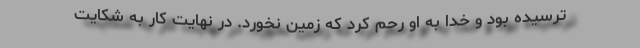
ترسیده بود و خدا به او رحم کرد که زمین نخورد. در نهایت کار به شکایت